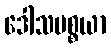
ဒေါသပစ္စယာ